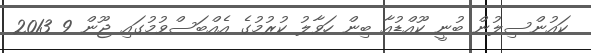
ކައުންސިލުން ބުނީ ކޫއްޑުއާ ބިން ހަވާލު ކުރުމުގެ އެއްބަސްވުމުގައި ޖޫން 9 2013